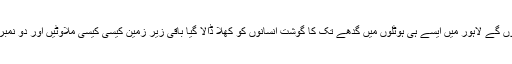
آپ سنتے آئے ہوں گے لاہور میں ایسے ہی ہوٹلوں میں گدھے تک کا گوشت انسانوں کو کھلا ڈالا گیا باقی زیر زمین کیسی کیسی ملاوٹیں اور دو نمبریاں ہو رہی ہیں ۔